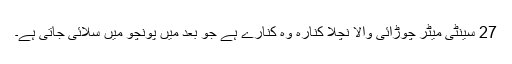
27 سینٹی میٹر چوڑائی والا نچلا کنارہ وہ کنارے ہے جو بعد میں پونچو میں سلائی جاتی ہے۔